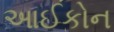
આઈકોન